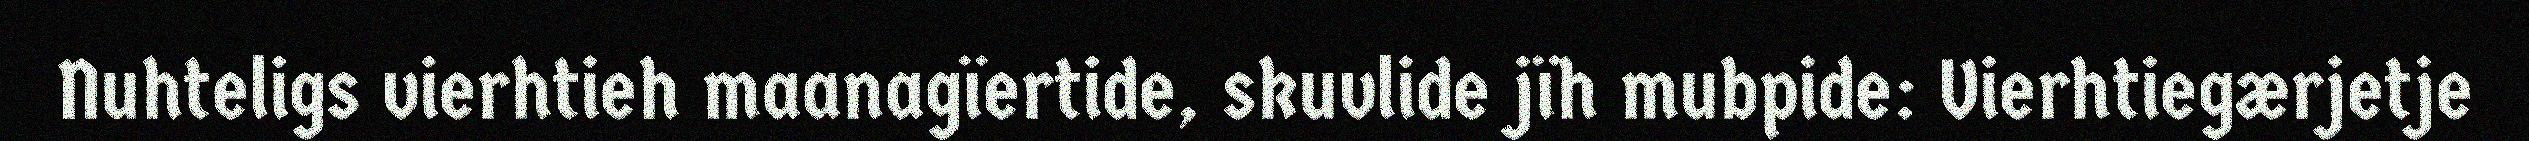
Nuhteligs vierhtieh maanagïertide, skuvlide jïh mubpide: Vierhtiegærjetje